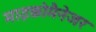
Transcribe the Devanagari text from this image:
माइक्रोमैनेजर